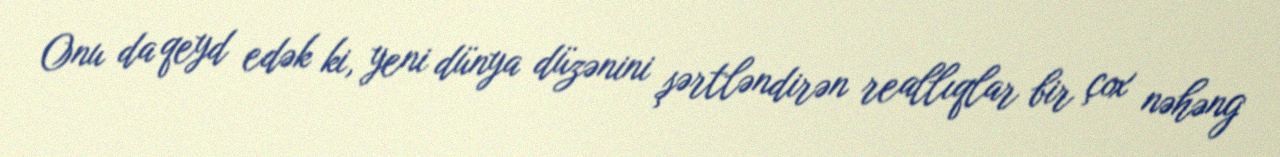
Onu da qeyd edək ki, yeni dünya düzənini şərtləndirən reallıqlar bir çox nəhəng